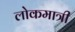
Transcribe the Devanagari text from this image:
लोकमात्री